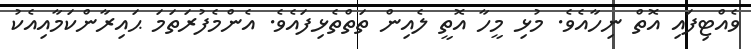
ވެއްޓިފައި އޮތް ނިހާއެވެ. މުޅި މީހާ އޮތީ ލެއިން ތަތްތެޅިފައެވެ. އެންމެފުރަތަމަ ޙައިރާންކަމާއިއެކު